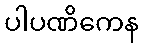
ပါပဏိကေန